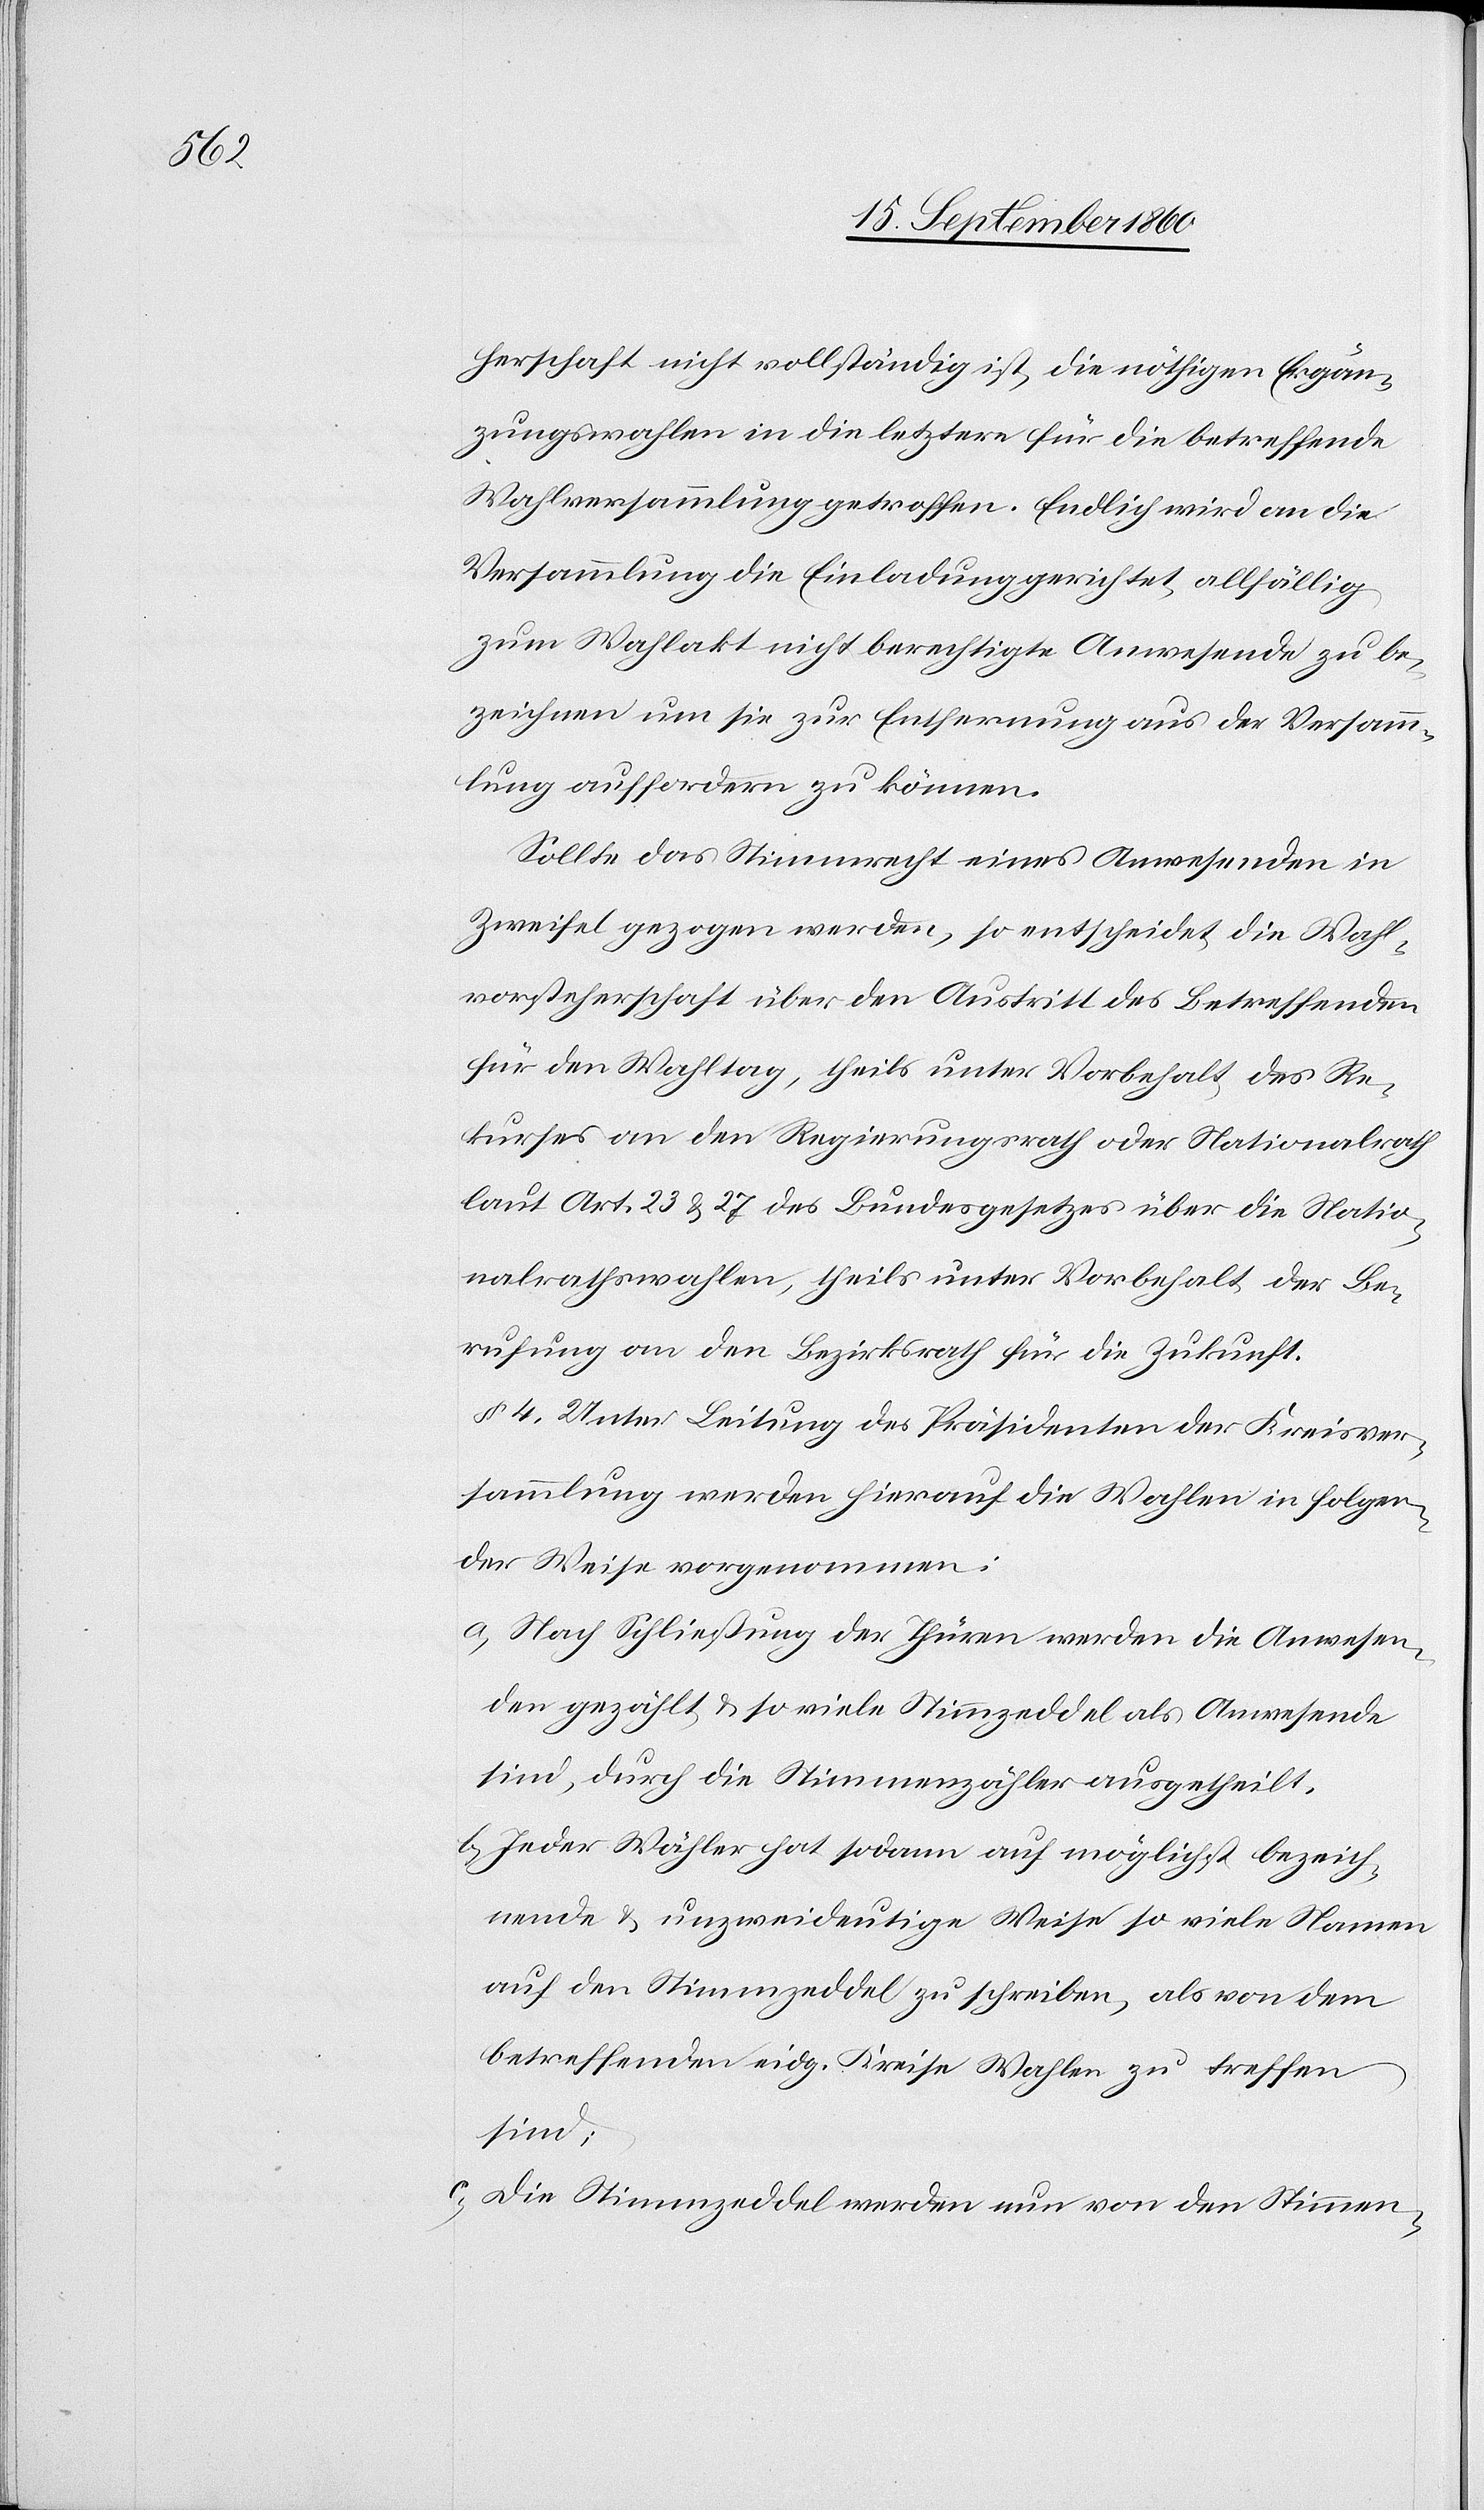
herschaft nicht vollständig ist, die nöthigen Ergän¬
zungswahlen in die letztere für die betreffende
Wahlversammlung getroffen. Endlich wird an die
Versammlung die Einladung gerichtet, allfällig
zum Wahlakt nicht berechtigte Anwesende zu be¬
zeichnen um sie zur Entfernung aus der Versamm¬
lung auffordern zu können.
Sollte das Stimmrecht eines Anwesenden in
Zweifel gezogen werden, so entscheidet die Wahl¬
vorsteherschaft über den Austritt des Betreffenden
für den Wahlgang, theils unter Vorbehalt des Re¬
kurses an den Regierungsrath oder Nationalrath
laut Art. 23 u. 27 des Bundesgesetzes über die Natio¬
nalrathswahlen, theils unter Vorbehalt der Be¬
rufung an den Bezirksrath für die Zukunft.
§ 4 Unter Leitung des Präsidenten der Kreisver¬
sammlung werden hierauf die Wahlen in folgen¬
der Weise vorgenommen:
a. Nach Schließung der Thüren werden die Anwesen¬
den gezählt u. so viele Stimmzeddel als Anwesenden
sind, durch die Stimmenzähler ausgetheilt.
b. Jeder Wähler hat sodann auf möglichst bezeich¬
nende u. unzweideutige Weise so viele Namen
auf den Stimmzeddel zu schreiben, als von dem
betreffenden eidg. Kreise Wahlen zu treffen
sind;
c. Die Stimmzeddel werden nun von den Stimmen-